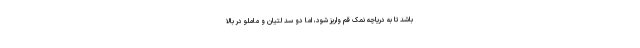
باشد تا به دریاچه نمک قم واریز شود، اما دو سد لتیان و ماملو در بالا